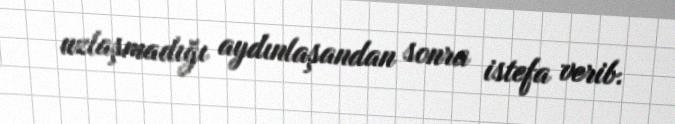
uzlaşmadığı aydınlaşandan sonra istefa verib.